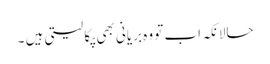
حالانکہ اب تو وہ بریانی بھی پکا لیتی ہیں ۔